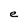
Character: e